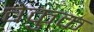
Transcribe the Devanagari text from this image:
वेकुक